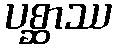
ပစ္ဆာဿ